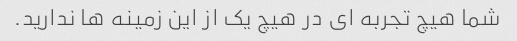
شما هیچ تجربه ای در هیچ یک از این زمینه ها ندارید.